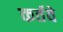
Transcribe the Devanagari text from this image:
कर्तवे